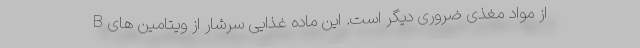
از مواد مغذی ضروری دیگر است. این ماده غذایی سرشار از ویتامین های B